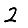
Digit: 2